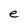
Character: e